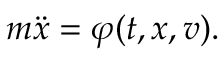
m { \ddot { x } } = \varphi ( t , x , v ) .